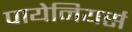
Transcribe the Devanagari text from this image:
पायेनियर्स